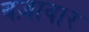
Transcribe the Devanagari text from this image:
बज़ावार